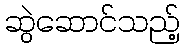
ဆွဲဆောင်သည့်